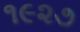
૧૯૨૭